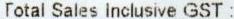
TOTAL SALES INCLUSIVE GST :